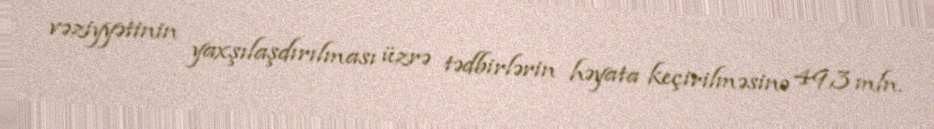
vəziyyətinin yaxşılaşdırılması üzrə tədbirlərin həyata keçirilməsinə 49,3 mln.